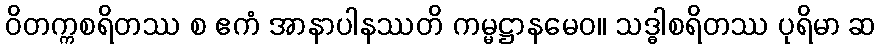
ဝိတက္ကစရိတဿ စ ဧကံ အာနာပါနဿတိ ကမ္မဋ္ဌာနမေဝ။ သဒ္ဓါစရိတဿ ပုရိမာ ဆ